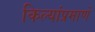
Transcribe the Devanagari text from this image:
किल्यांप्रमाणे